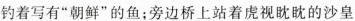
钓着写有”朝鲜”的鱼；旁边桥上站着虎视眈眈的沙皇